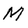
Character: M